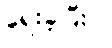
ရေးခဲ့ပြီး)။